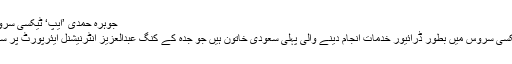
جوہرہ حمدی ’ایپ‘ ٹیکسی سروس میں بطور ڈرائیور
جوہرہ حمدی ’ایپ‘ ٹیکسی سروس میں بطور ڈرائیور خدمات انجام دینے والی پہلی سعودی خاتون ہیں جو جدہ کے کنگ عبدالعزیز انٹرنیشنل ایئرپورٹ پر سروس مہیا کررہی ہیں۔